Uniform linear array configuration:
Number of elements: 12
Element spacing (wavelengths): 0.25
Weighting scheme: exponential
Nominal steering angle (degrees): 15
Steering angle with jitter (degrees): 15.418
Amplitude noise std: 0.05
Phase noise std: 0.05

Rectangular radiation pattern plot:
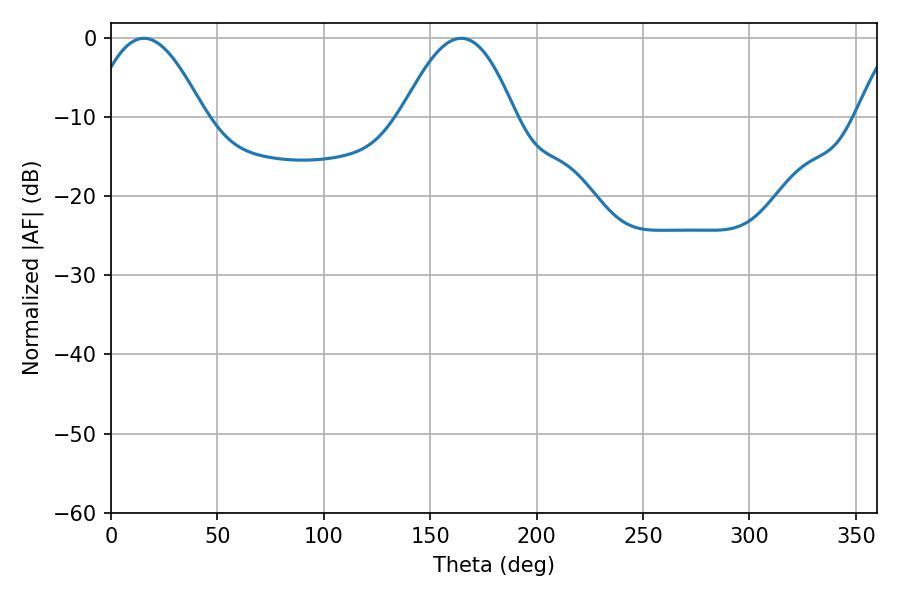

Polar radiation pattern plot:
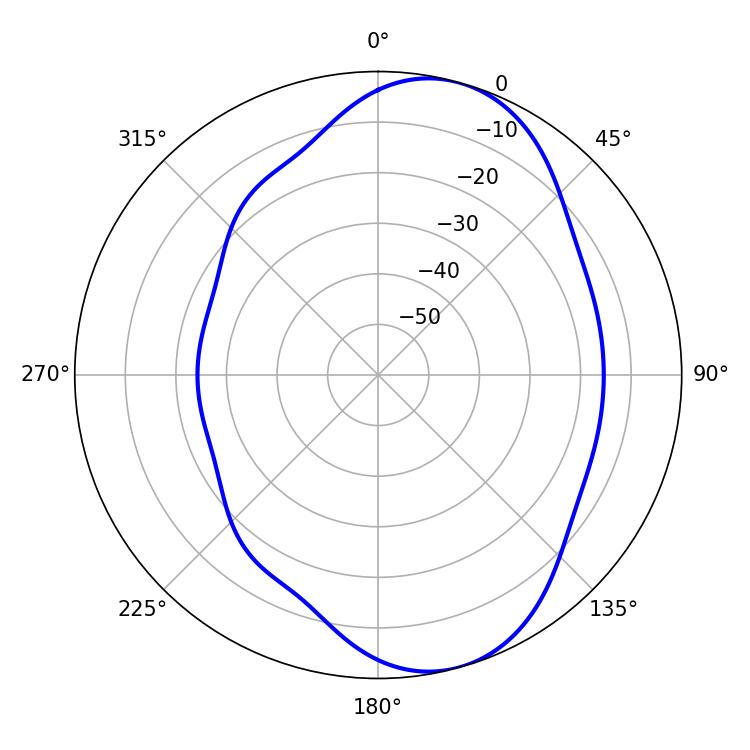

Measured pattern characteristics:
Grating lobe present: FALSE
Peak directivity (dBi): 7.798
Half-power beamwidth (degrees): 28.98
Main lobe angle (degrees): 15.48